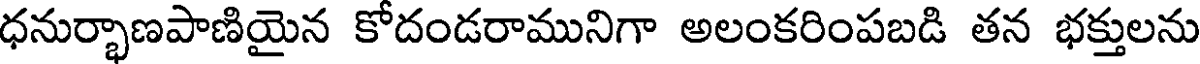
ధనుర్భాణపాణియైన కోదండరామునిగా అలంకరింపబడి తన భక్తులను